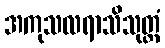
အကုသလရာသိသုတ္တံ